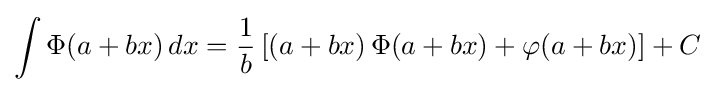
\int \Phi (a+bx)\,dx={\frac {1}{b}}\left[\left(a+bx\right)\Phi (a+bx)+\varphi (a+bx)\right]+C